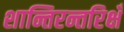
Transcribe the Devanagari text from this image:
शान्तिरन्तरिक्षँ